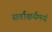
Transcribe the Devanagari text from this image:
सर्वाश्चर्यमयं